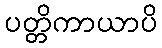
ပတ္တိကာယာပိ